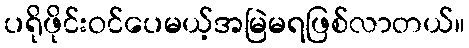
ပရိုဖိုင်းဝင်ပေမယ့်အမြဲမရဖြစ်လာတယ်။